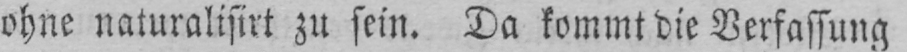
ohne naturalisirt zu sein. Da kommt die Verfassung